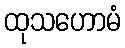
ထုသဟောမံ